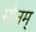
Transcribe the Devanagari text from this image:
मौनम्‌